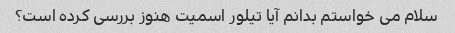
سلام می خواستم بدانم آیا تیلور اسمیت هنوز بررسی کرده است؟